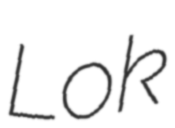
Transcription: Lok